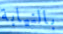
بالنيابة